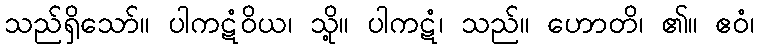
သည်ရှိသော်။ ပါကဋံဝိယ၊ သို့။ ပါကဋံ၊ သည်။ ဟောတိ၊ ၏။ ဧဝံ၊